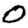
Digit: 0